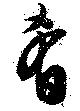
肴